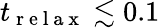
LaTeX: t_{\mathrm{~r~e~l~a~x~}}\lesssim 0.1